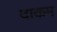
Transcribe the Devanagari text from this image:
दाकम